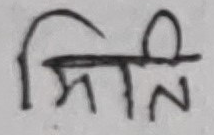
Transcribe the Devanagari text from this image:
सिति